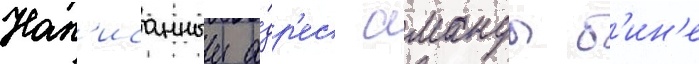
Нап'исанныи а́др'ес аманды б'ин'е